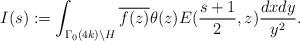
LaTeX: \begin{align*}I(s):=\int_{\Gamma_{0}(4k) \backslash H} \overline{ f(z)} \theta(z) E(\frac{s+1}{2},z) \frac{dx dy}{y^{2}}.\end{align*}